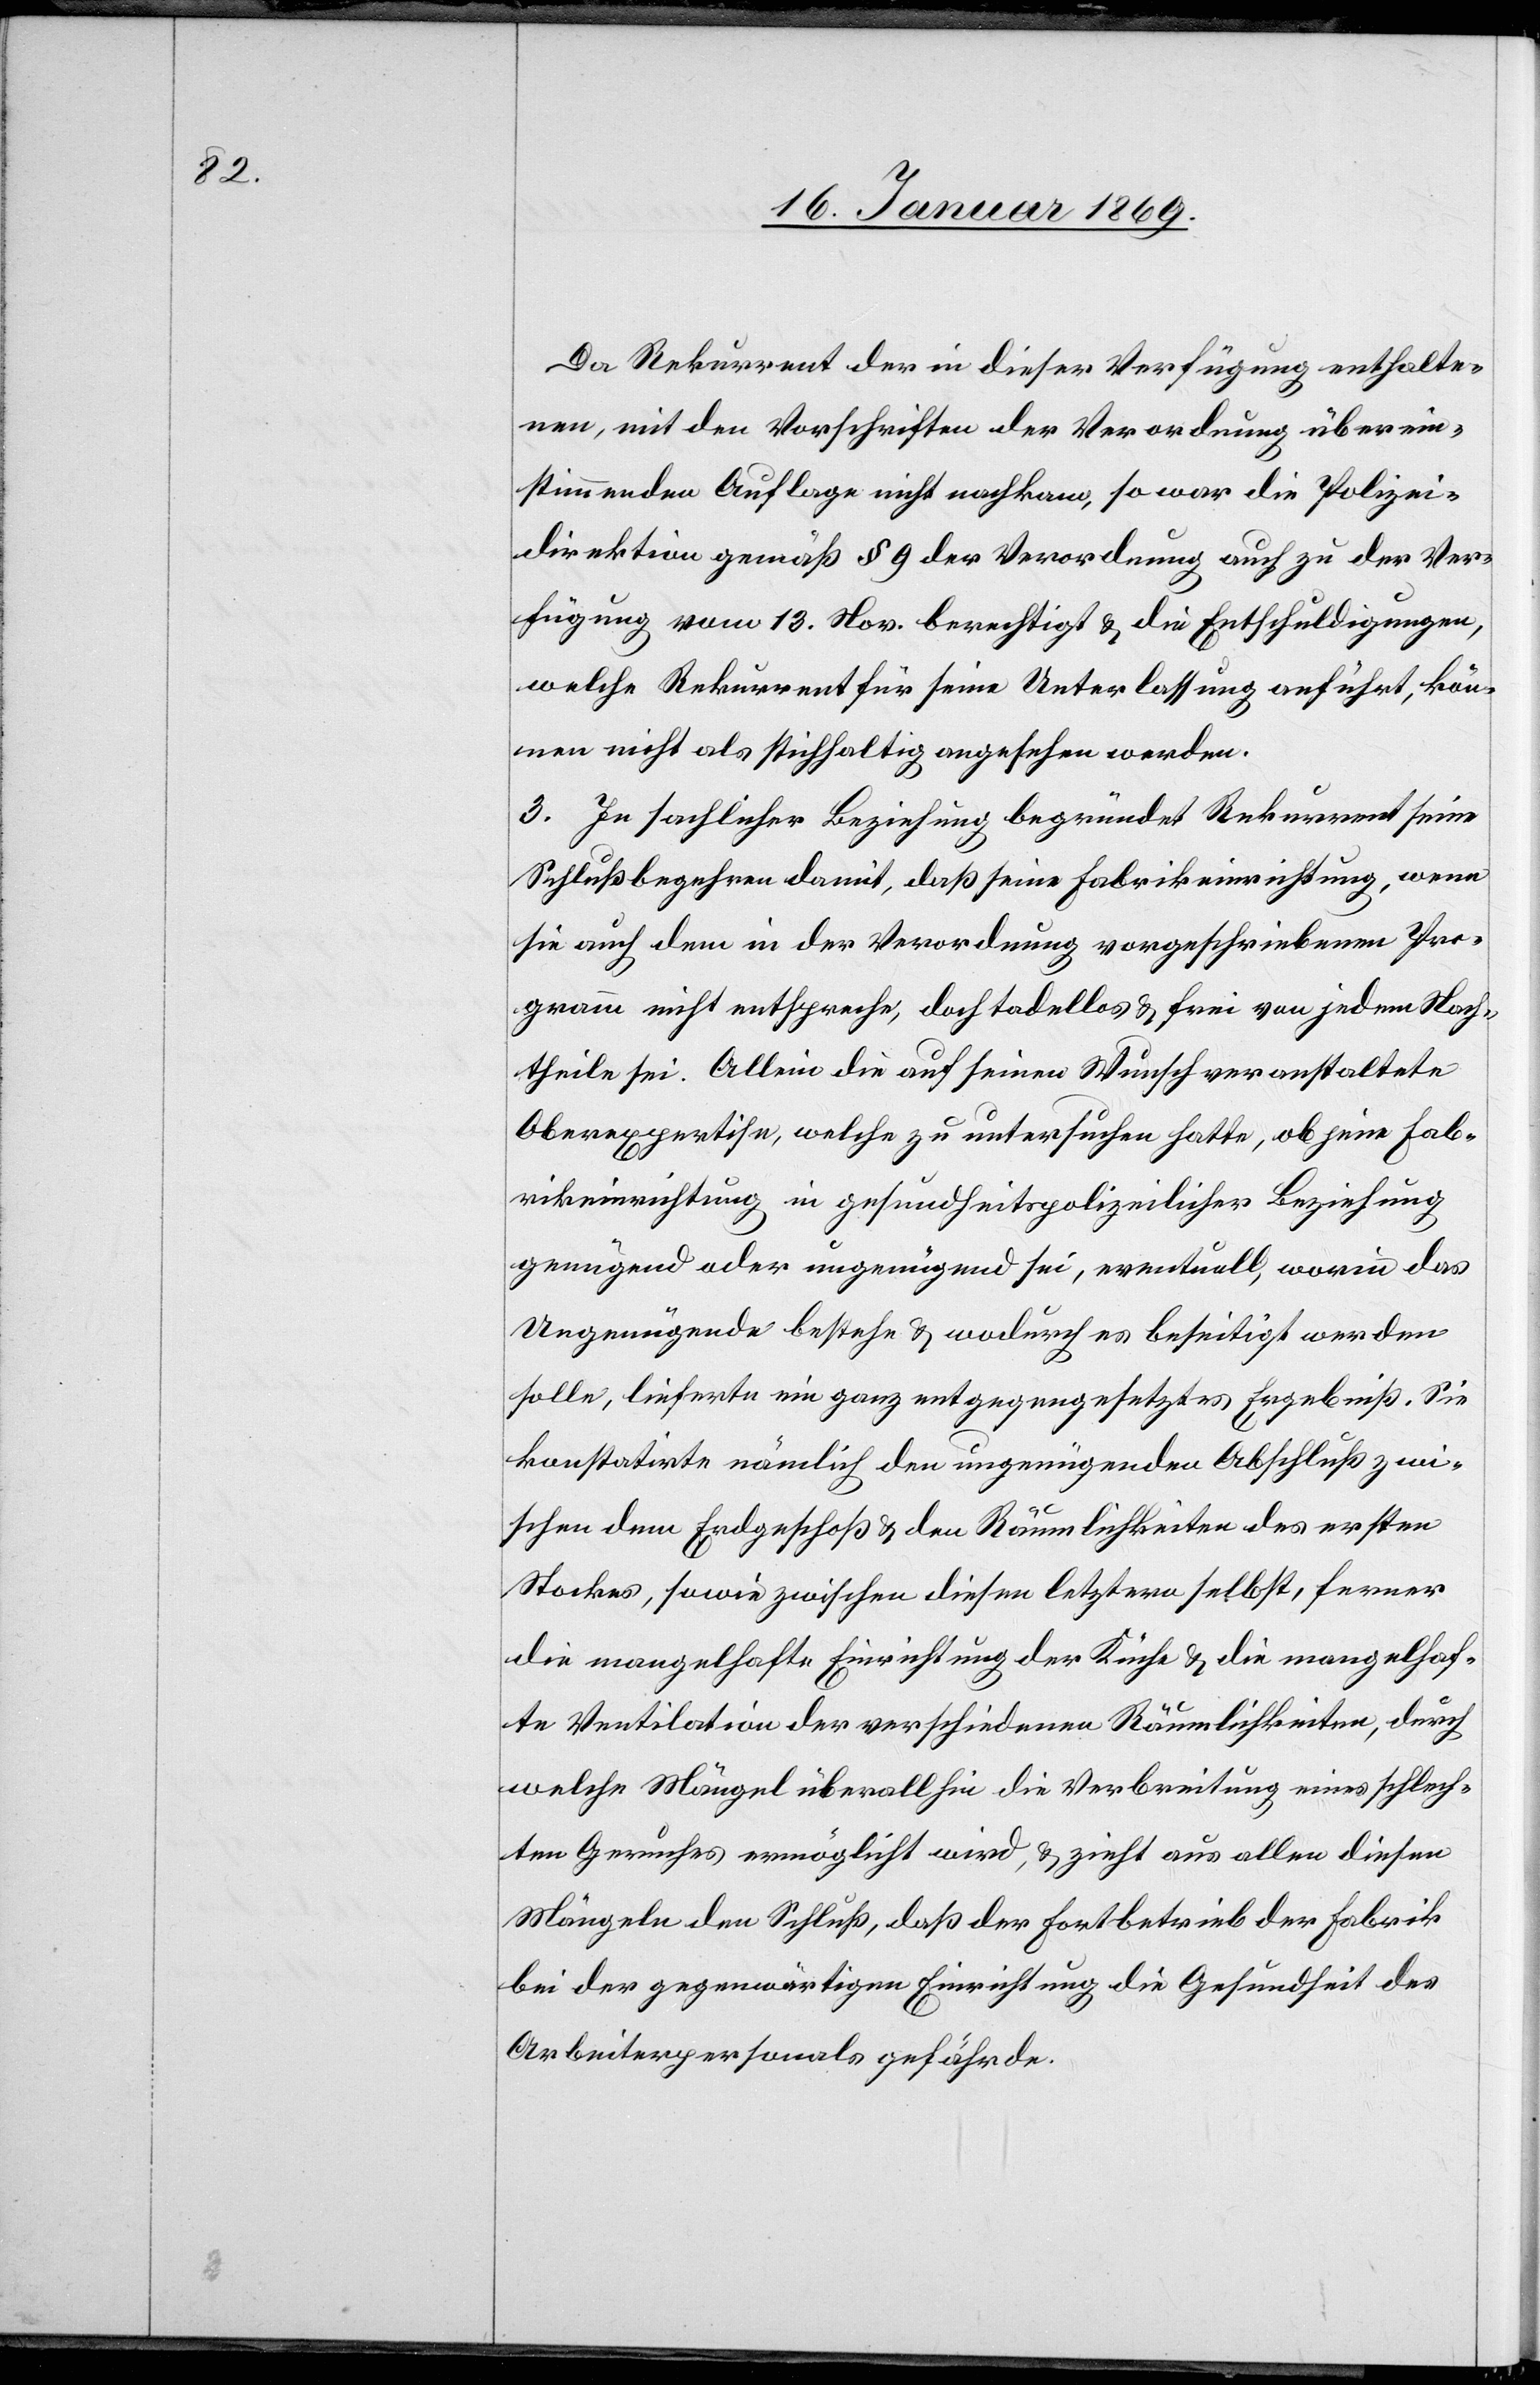
Da Rekurrent der in dieser Verfügung enthalte¬
nen, mit den Vorschriften der Verordnung überein¬
stimmenden Auflage nicht nachkam, so war die Polizei¬
direktion gemäß § 9 der Verordnung auch zu der Ver¬
fügung vom 13. Nov. berechtigt u. die Entschuldigungen,
welche Rekurrent für seine Unterlassung anführt, kön¬
nen nicht als stichhaltig angesehen werden.
3. In sachlicher Beziehung begründet Rekurrent seine
Schlußnahme damit, daß seine Fabrikeinrichtung, wenn
sie auch dem in der Verordnung vorgeschriebenen Pro¬
gramm nicht entspreche, doch tadellos u. frei von jedem Nach¬
theile sei. Allein die auf seinen Wunsch veranstaltete
Oberexpertise, welche zu untersuchen hatte, ob seine Fab¬
rikeinrichtung in gesundheitspolizeilicher Beziehung
genügend oder ungenügend sei, eventuell, worin das
Ungenügende bestehe u. wodurch es beseitigt werden
solle, leistete ein ganz entgegengesetztes Ergebniß. Sie
konstatirte nämlich den ungenügenden Abschluß zwi¬
schen dem Erdgeschoß u. den Räumlichkeiten des ersten
Stockes, sowie zwischen diesem letztern selbst, ferner
die mangelhafte Einrichtung der Küche u. die mangelhaf¬
te Ventilation der verschiedenen Räumlichkeiten, durch
welche Mängel überallhin die Verbreitung eines schlech¬
ten Geruches ermöglicht wird, u. zieht aus allen diesen
Mängeln den Schluß, daß der Fortbetrieb der Fabrik
bei der gegenwärtigen Einrichtung die Gesundheit des
Arbeiterpersonals gefährde.